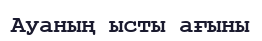
Ауаның ысты ағыны